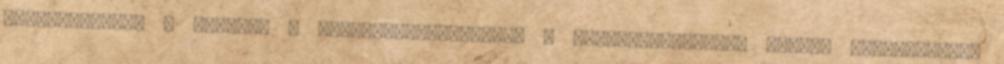
kiszorították a piacról a Stirling-motorokat. A Stirling-motorok modern változatának